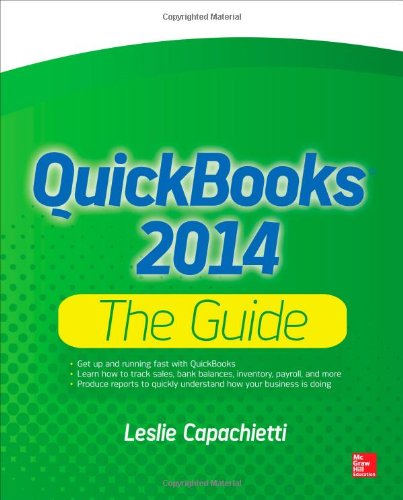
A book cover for QuickBooks 2014 The Guide; Leslie Capachietti; Computers & Technology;